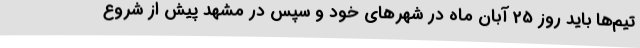
تیم‌ها باید روز 25 آبان ماه در شهرهای خود و سپس در مشهد پیش از شروع